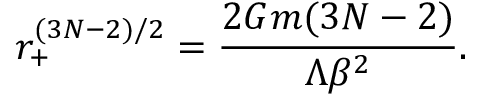
r _ { + } ^ { ( 3 N - 2 ) / 2 } = \frac { 2 G m ( 3 N - 2 ) } { \Lambda \beta ^ { 2 } } .